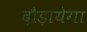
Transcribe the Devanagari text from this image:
दौड़ायेगा